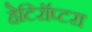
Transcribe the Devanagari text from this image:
हेटिरॉप्टरा